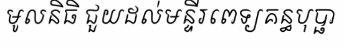
មូលនិធិ ជួយដល់មន្ទីរពេទ្យគន្ធបុប្ផា